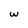
Character: w